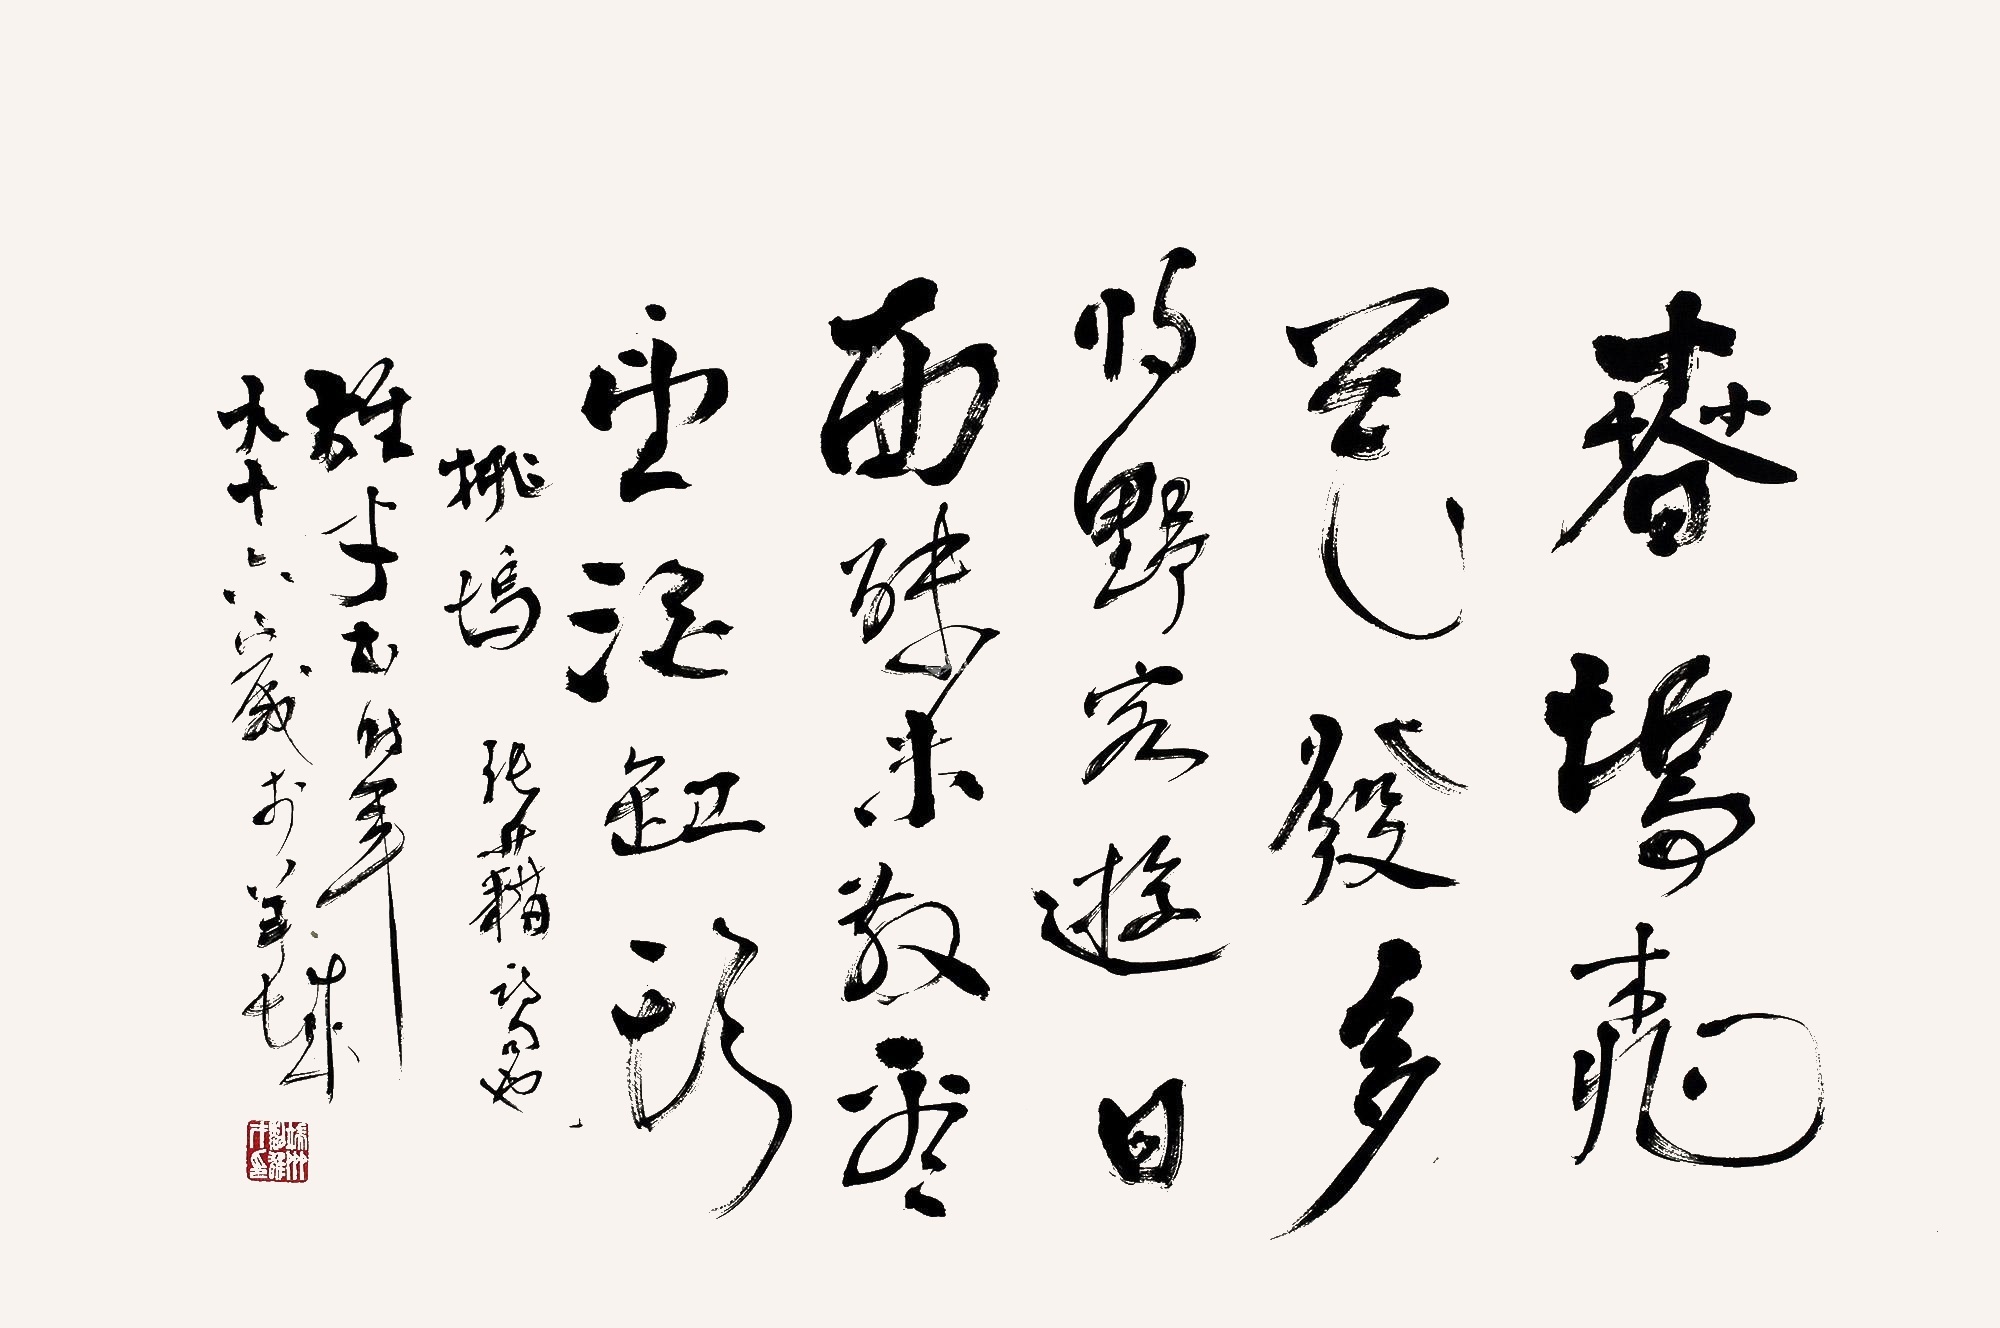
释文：春坞桃花发，多将野客游。日西殊未散，看望酒缸头。《桃坞》，张藉诗句也。雄才书时年九十六岁于羊城。